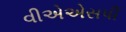
વીએએસપી